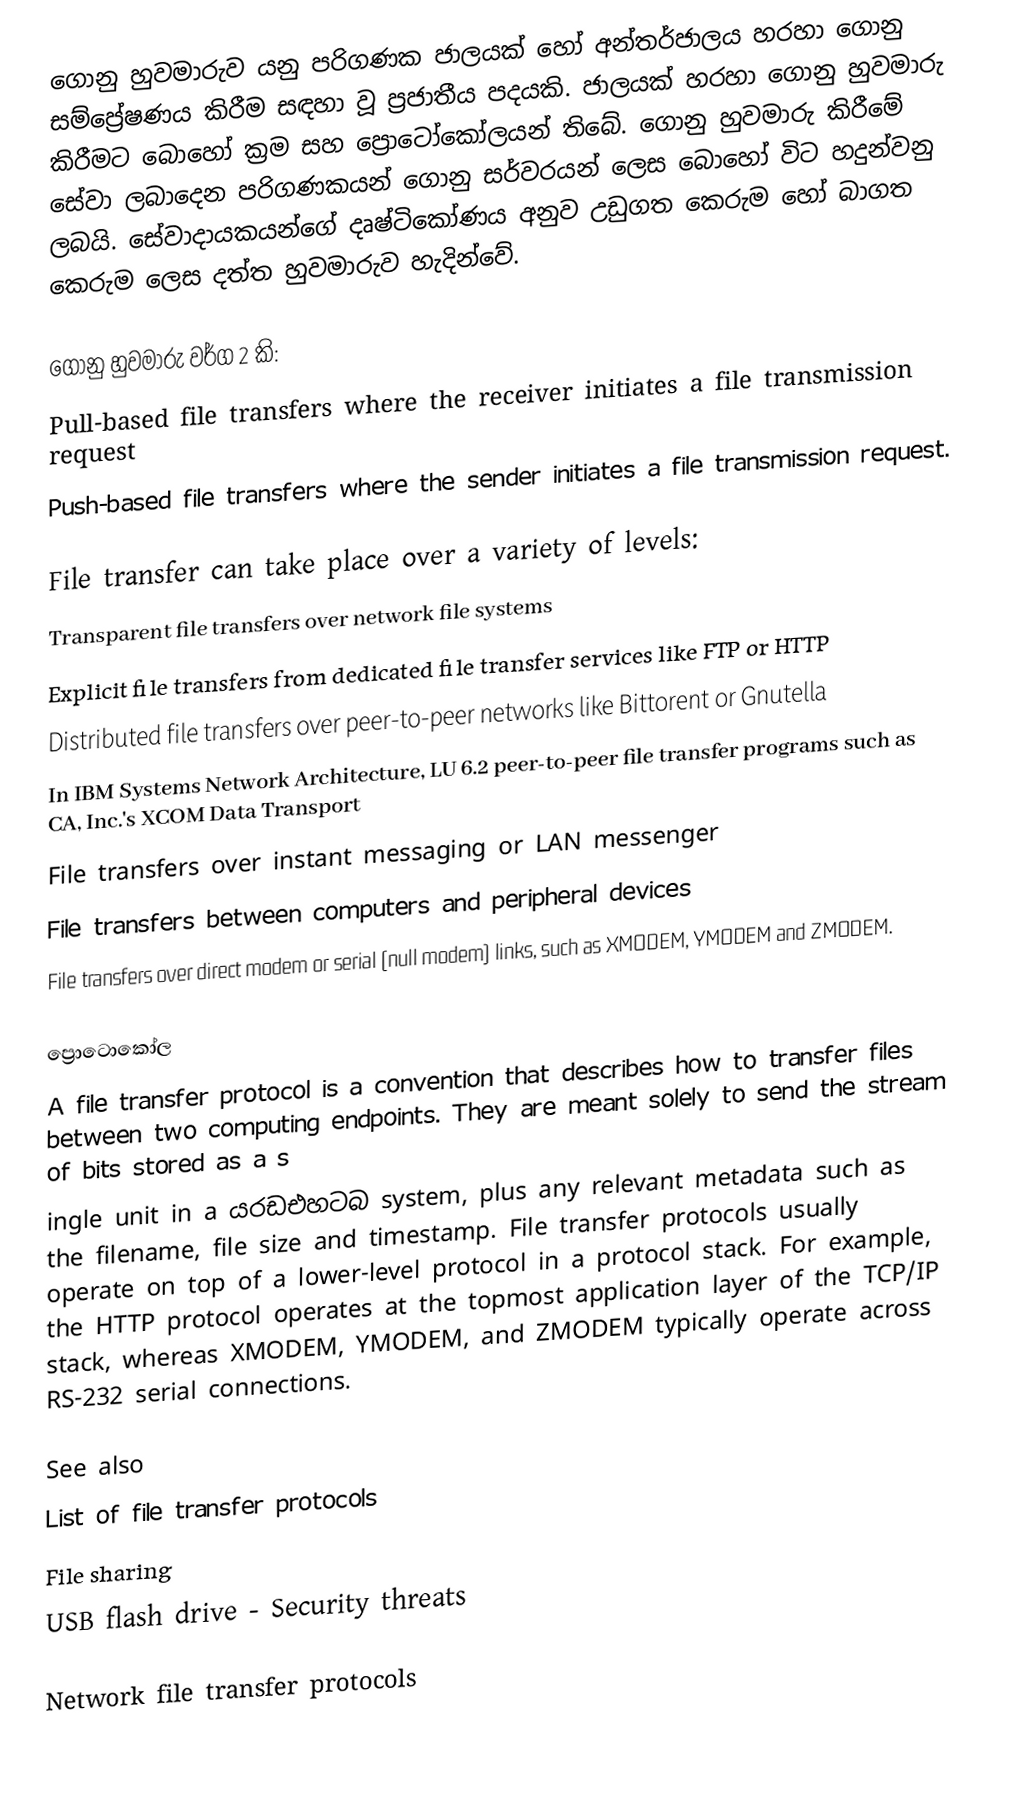
ගොනු හුවමාරුව යනු පරිගණක ජාලයක් හෝ අන්තර්ජාලය හරහා ගොනු සම්ප්‍රේෂණය කිරීම සඳහා වූ ප්‍රජාතීය පදයකි. ජාලයක් හරහා ගොනු හුවමාරු කිරීමට බොහෝ ක්‍රම සහ ප්‍රොටෝකෝලයන් තිබේ. ගොනු හුවමාරු කිරීමේ සේවා ලබාදෙන පරිගණකයන් ගොනු සර්වරයන් ලෙස බොහෝ විට හදුන්වනු ලබයි. සේවාදායකයන්ගේ දෘෂ්ටිකෝණය අනුව උඩුගත කෙරුම හෝ බාගත කෙරුම ලෙස දත්ත හුවමාරුව හැදින්වේ.

ගොනු හුවමාරු වර්ග 2 කි:
 Pull-based file transfers where the receiver initiates a file transmission request
 Push-based file transfers where the sender initiates a file transmission request.

File transfer can take place over a variety of levels:
 Transparent file transfers over network file systems
 Explicit file transfers from dedicated file transfer services like FTP or HTTP
 Distributed file transfers over peer-to-peer networks like Bittorent or Gnutella
 In IBM Systems Network Architecture, LU 6.2 peer-to-peer file transfer programs such as CA, Inc.'s XCOM Data Transport
 File transfers over instant messaging or LAN messenger
 File transfers between computers and peripheral devices
 File transfers over direct modem or serial (null modem) links, such as XMODEM, YMODEM and ZMODEM.

ප්‍රොටොකෝල
A file transfer protocol is a convention that describes how to transfer files between two computing endpoints. They are meant solely to send the stream of bits stored as a s
ingle unit in a යරඩඑහටබ system, plus any relevant metadata such as the filename, file size and timestamp. File transfer protocols usually operate on top of a lower-level protocol in a protocol stack.  For example, the HTTP protocol operates at the topmost application layer of the TCP/IP stack, whereas XMODEM, YMODEM, and ZMODEM typically operate across RS-232 serial connections.

See also
 List of file transfer protocols
 File sharing
 USB flash drive - Security threats

Network file transfer protocols